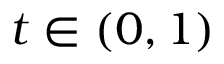
t \in ( 0 , 1 )